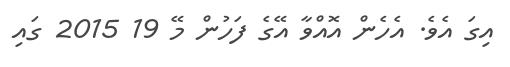
އިގަ އެވެ. އެހެން އޮއްވާ އޭގެ ފަހުން މޭ 19 2015 ގައި